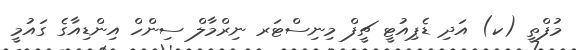
މުފްތީ (ކ) އަދި ޑެޕިއުޓީ ޗީފް މިނިސްޓަރ ނިރްމާލް ސިންހް އިންޑިއާގެ ގައުމީ